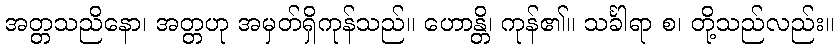
အတ္တသညိနော၊ အတ္တဟု အမှတ်ရှိကုန်သည်။ ဟောန္တိ၊ ကုန်၏။ သင်္ခါရာ စ၊ တို့သည်လည်း။